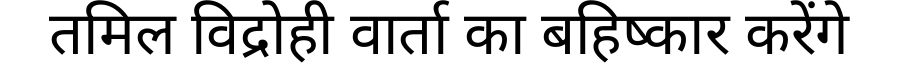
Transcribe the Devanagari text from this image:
तमिल विद्रोही वार्ता का बहिष्कार करेंगे